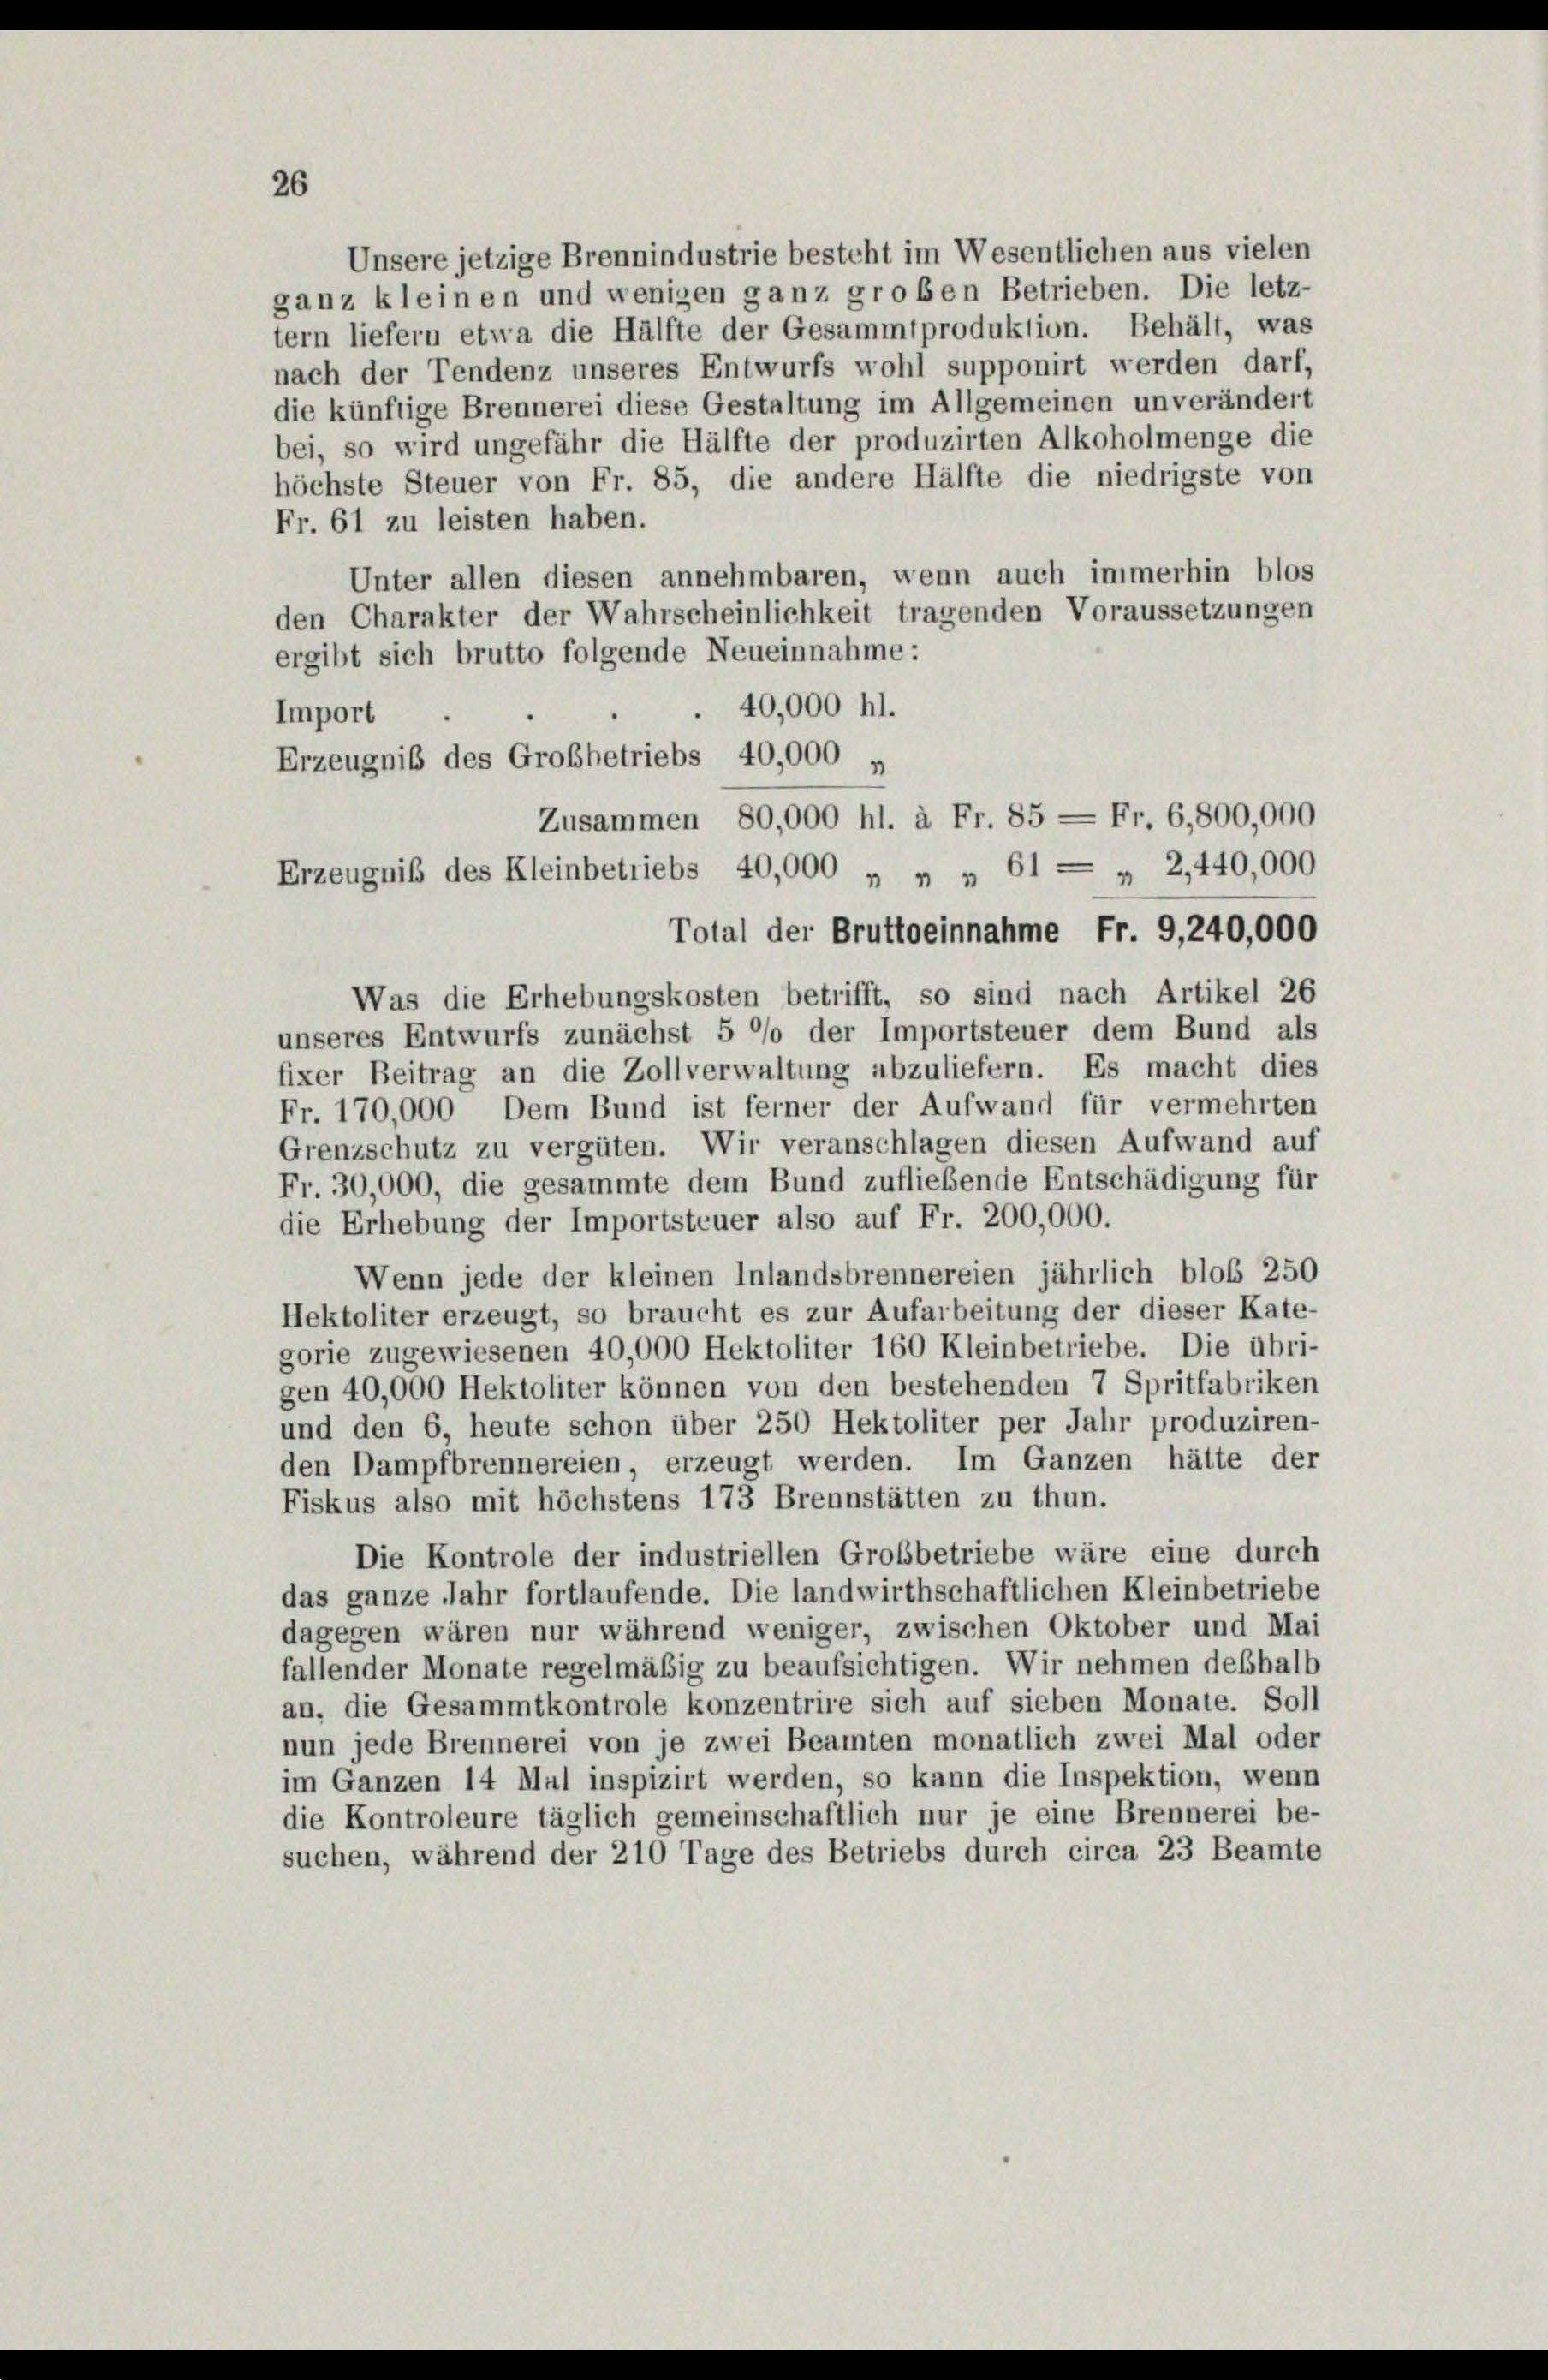
26

Unsere jetzige Brennindustrie besteht im Wesentlichen aus vielen
ganz kleinen und wenigen ganz groben Betrieben. Die letz-
tern liefern etwa die Hälfte der Gesammtproduktion. Behält, was
nach der Tendenz unseres Entwurfs wohl supponirt werden darf,
die künftige Brennerei diese Gestaltung im Allgemeinen unverändert
bei, so wird ungefähr die Hälfte der produzirten Alkoholmenge die
höchste Steuer von Fr. 85, die andere Hälfte die niedrigste von
Fr. 61 zu leisten haben.
Unter allen diesen annehmbaren, wenn auch immerhin blos
den Charakter der Wahrscheinlichkeit tragenden Voraussetzungen
ergibt sich brutto folgende Neueinnahme:
40,000 hl.
Import
Erzeugnis des Großbetriebs 40,000 „
Zusammen 80,000 hl. à Fr. 85 = Fr. 6,800,000
Erzeugnis des Kleinbetriebs 40,000 „ „ „ 61 : „ 2,440,000
Total der Bruttoeinnahme Fr. 9,240,000
Was die Erhebungskosten betrifft, so sind nach Artikel 26
unseres Entwurfs zunächst 5 °/o der Importsteuer dem Bund als
fixer Beitrag an die Zollverwaltung abzuliefern. Es macht dies
Fr. 170,000. Dem Bund ist ferner der Aufwand für vermehrten
Grenzschutz zu vergüten. Wir veranschlagen diesen Aufwand auf
Fr. 30,000, die gesammte dem Bund zufließende Entschädigung für
die Erhebung der Importsteuer also auf Fr. 200,000.
Wenn jede der kleinen Inlandsbrennereien jährlich bloß 250
Hektoliter erzeugt, so braucht es zur Aufarbeitung der dieser Kate-
gorie zugewiesenen 40,000 Hektoliter 160 Kleinbetriebe. Die übri-
gen 40,000 Hektoliter können von den bestehenden 7 Spritfabriken
und den 6, heute schon über 250 Hektoliter per Jahr produziren-
den Dampfbrennereien, erzeugt werden. Im Ganzen hätte der
Fiskus also mit höchstens 173 Brennstätten zu thun.
Die Kontrole der industriellen Grossbetriebe wäre eine durch
das ganze Jahr fortlaufende. Die landwirthschaftlichen Kleinbetriebe
dagegen wären nur während weniger, zwischen Oktober und Mai
fallender Monate regelmäßig zu beaufsichtigen. Wir nehmen deßhalb
an, die Gesammtkontrole konzentrire sich auf sieben Monate. Soll
nun jede Brennerei von je zwei Beamten monatlich zwei Mal oder
im Ganzen 14 Mal inspizirt werden, so kann die Inspektion, wenn
die Kontroleure täglich gemeinschaftlich nur je eine Brennerei be-
suchen, während der 210 Tage des Betriebs durch circa 23 Beamte